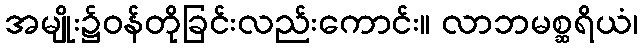
အမျိုး၌ဝန်တိုခြင်းလည်းကောင်း။ လာဘမစ္ဆရိယံ၊